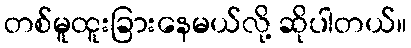
တစ်မူထူးခြားနေမယ်လို့ ဆိုပါတယ်။